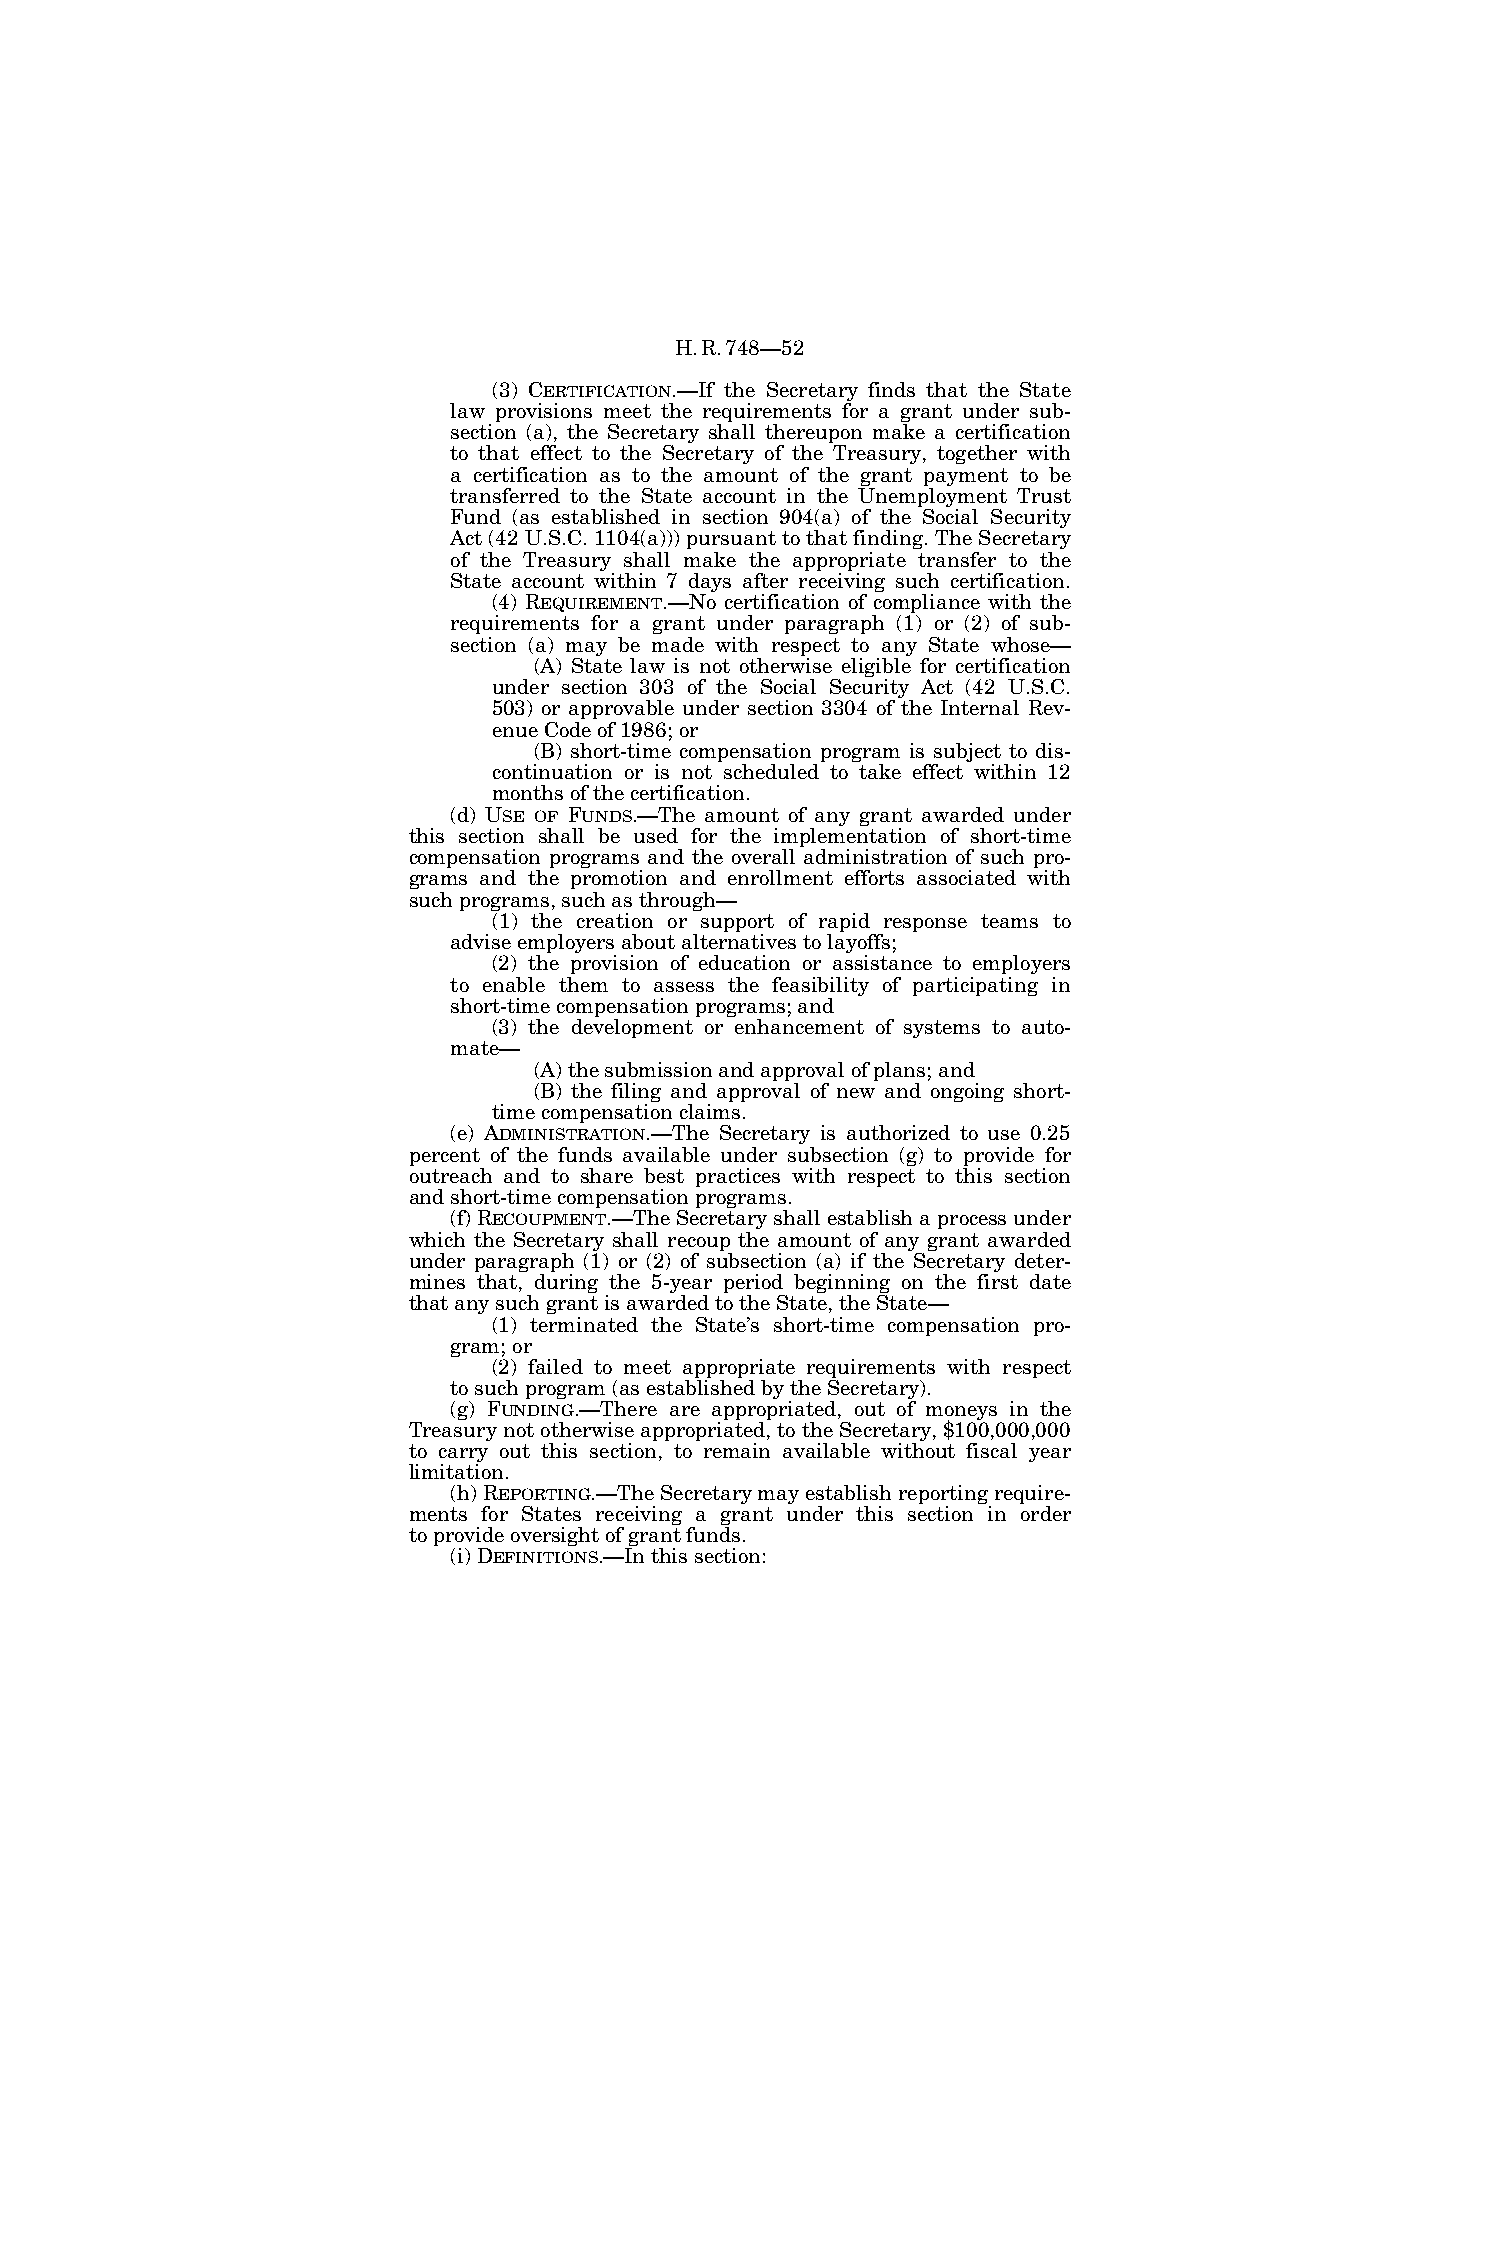
H.R.748—52
 (3) CERTIFICATION.—If the Secretary finds that the State
 law provisions meet the requirements for a grant under sub-
 section (a), the Secretary shall thereupon make a certification
 to that effect to the Secretary of the Treasury, together with
 a certification as to the amount of the grant payment to be
 transferred to the State account in the Unemployment Trust
 Fund (as established in section 904(a) of the Social Security
 Act (42 U.S.C. 1104(a))) pursuant to that finding. The Secretary
 of the Treasury shall make the appropriate transfer to the
 State account within 7 days after receiving such certification.
 (4) REQUIREMENT.—No certification of compliance with the
 requirements for a grant under paragraph (1) or (2) of sub-
 section (a) may be made with respect to any State whose—
 (A) State law is not otherwise eligible for certification
 under section 303 of the Social Security Act (42 U.S.C.
 503) or approvable under section 3304 of the Internal Rev-
 enue Code of 1986; or
 (B) short-time compensation program is subject to dis-
 continuation or is not scheduled to take effect within 12
 months of the certification.
 (d) USE OF FUNDS.—The amount of any grant awarded under
 this section shall be used for the implementation of short-time
 compensation programs and the overall administration of such pro-
 grams and the promotion and enrollment efforts associated with
 such programs, such as through—
 (1) the creation or support of rapid response teams to
 advise employers about alternatives to layoffs;
 (2) the provision of education or assistance to employers
 to enable them to assess the feasibility of participating in
 short-time compensation programs; and
 (3) the development or enhancement of systems to auto-
 mate—
 (A) the submission and approval of plans; and
 (B) the filing and approval of new and ongoing short-
 time compensation claims.
 (e) ADMINISTRATION.—The Secretary is authorized to use 0.25
 percent of the funds available under subsection (g) to provide for
 outreach and to share best practices with respect to this section
 and short-time compensation programs.
 (f) RECOUPMENT.—The Secretary shall establish a process under
 which the Secretary shall recoup the amount of any grant awarded
 under paragraph (1) or (2) of subsection (a) if the Secretary deter-
 mines that, during the 5-year period beginning on the first date
 that any such grant is awarded to the State, the State—
 (1) terminated the State’s short-time compensation pro-
 gram; or
 (2) failed to meet appropriate requirements with respect
 to such program (as established by the Secretary).
 (g) FUNDING.—There are appropriated, out of moneys in the
 Treasury not otherwise appropriated, to the Secretary, $100,000,000
 to carry out this section, to remain available without fiscal year
 limitation.
 (h) REPORTING.—The Secretary may establish reporting require-
 ments for States receiving a grant under this section in order
 to provide oversight of grant funds.
 (i) DEFINITIONS.—In this section: